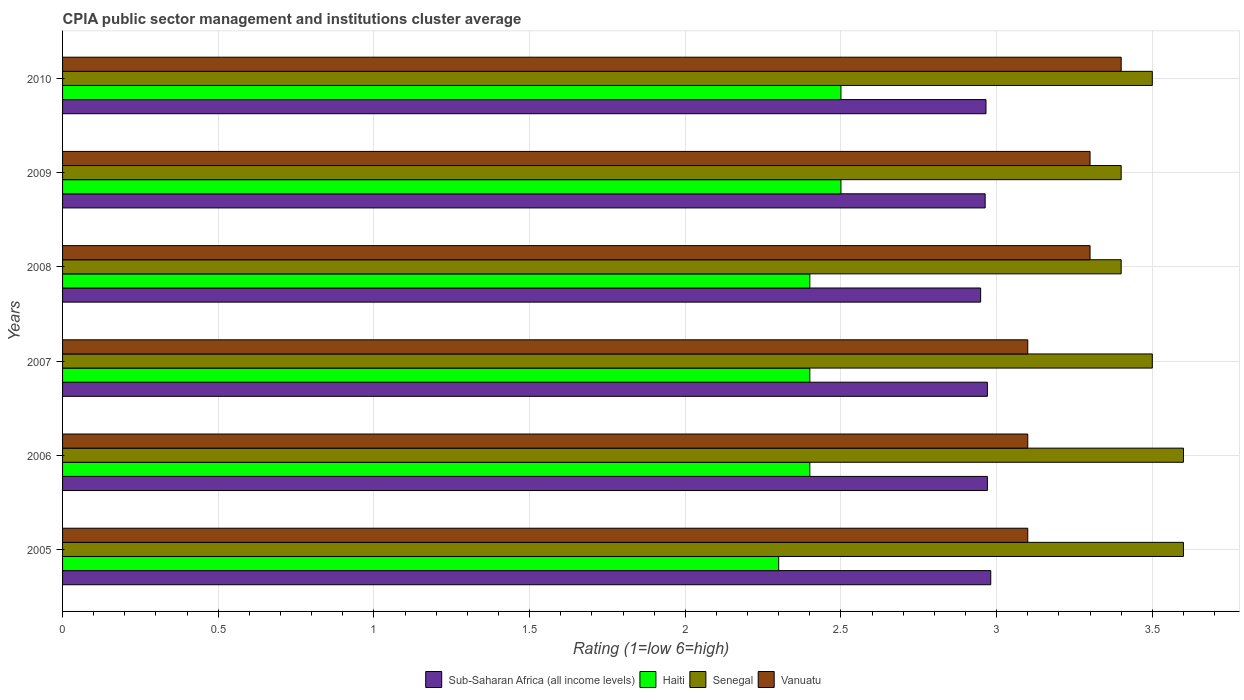
| Years | Sub-Saharan Africa (all income levels) | Haiti | Senegal | Vanuatu |
 | --- | --- | --- | --- | --- |
 | 2005 | 2.98 | 2.3 | 3.6 | 3.1 |
 | 2006 | 2.97 | 2.4 | 3.6 | 3.1 |
 | 2007 | 2.97 | 2.4 | 3.5 | 3.1 |
 | 2008 | 2.95 | 2.4 | 3.4 | 3.3 |
 | 2009 | 2.96 | 2.5 | 3.4 | 3.3 |
 | 2010 | 2.97 | 2.5 | 3.5 | 3.4 |